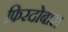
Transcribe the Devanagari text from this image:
फिरदोबारा